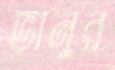
ভানুর